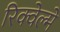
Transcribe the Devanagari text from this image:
रिक्वेल्मे